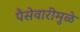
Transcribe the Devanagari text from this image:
पैसेवारीमुळे